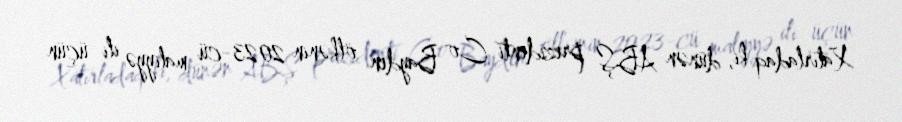
Xatırladaq ki, dünən ABŞ prezidenti Co Bayden ölkənin 2023-cü maliyyə ili üçün